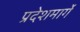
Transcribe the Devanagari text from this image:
प्रदेशमार्गे